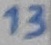
Text: 13